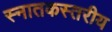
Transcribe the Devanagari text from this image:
स्नातकस्तरीय